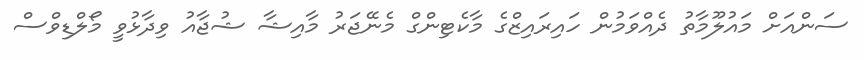
ސަންއަށް މައުލޫމާތު ދެއްވަމުން ހައިރައިޒްގެ މާކެޓިންގް މެނޭޖަރު މާއިޝާ ޝުޖާއު ވިދާޅުވީ މޯލްޑިވްސް